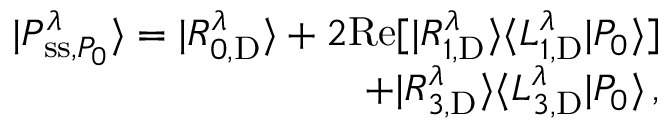
\begin{array} { r } { | P _ { \mathrm { s s } , P _ { 0 } } ^ { \lambda } \rangle = | R _ { 0 , \mathrm { D } } ^ { \lambda } \rangle + 2 \mathrm { R e } [ | R _ { 1 , \mathrm { D } } ^ { \lambda } \rangle \langle L _ { 1 , \mathrm { D } } ^ { \lambda } | P _ { 0 } \rangle ] } \\ { + | R _ { 3 , \mathrm { D } } ^ { \lambda } \rangle \langle L _ { 3 , \mathrm { D } } ^ { \lambda } | P _ { 0 } \rangle \, , } \end{array}